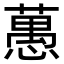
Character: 𦽳